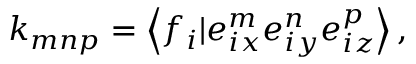
{ k _ { m n p } } = \left\langle { { f _ { i } } | e _ { i x } ^ { m } e _ { i y } ^ { n } e _ { i z } ^ { p } } \right\rangle ,